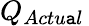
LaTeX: Q_{Actu\mathtt{a}l}\,